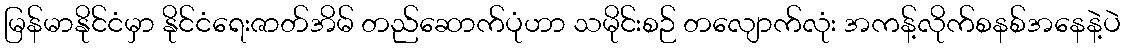
မြန်မာနိုင်ငံမှာ နိုင်ငံရေးဇာတ်အိမ် တည်ဆောက်ပုံဟာ သမိုင်းစဉ် တလျောက်လုံး အကန့်လိုက်စနစ်အနေနဲ့ပဲ